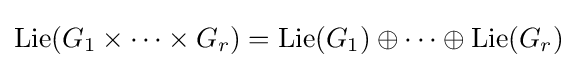
\operatorname {Lie} (G_{1}\times \cdots \times G_{r})=\operatorname {Lie} (G_{1})\oplus \cdots \oplus \operatorname {Lie} (G_{r})